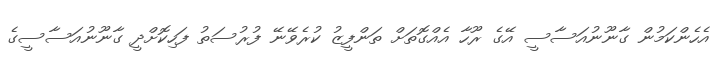
އެހެންކަމުން ގާނޫނުއަސާސީ އޭގެ ރޫހާ އެއްގޮތަށް ތަންފީޒު ކުރެވޭނޭ ފުރުސަތު ފަހިކޮށްދީ ގާނޫނުއަސާސީގެ